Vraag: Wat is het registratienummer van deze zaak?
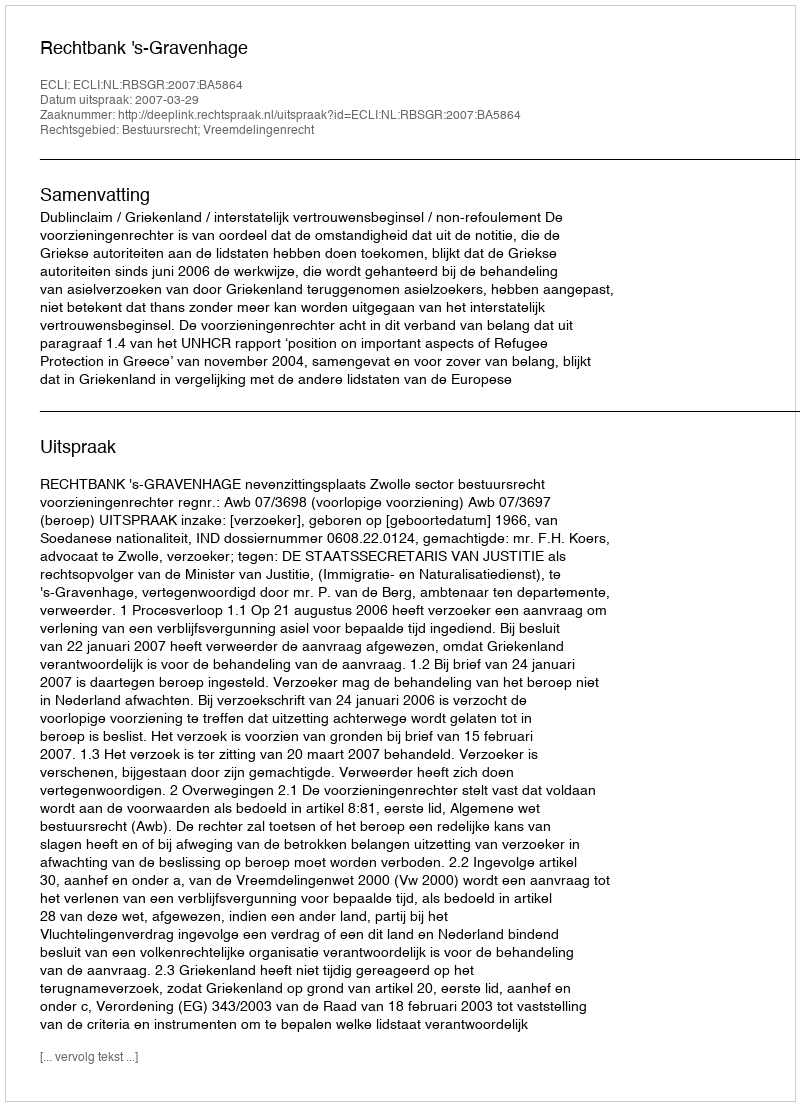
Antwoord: http://deeplink.rechtspraak.nl/uitspraak?id=ECLI:NL:RBSGR:2007:BA5864